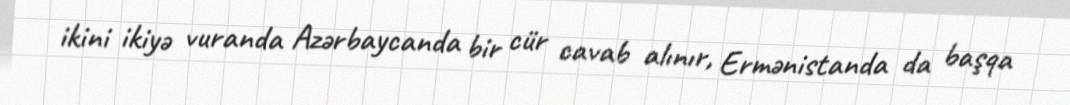
ikini ikiyə vuranda Azərbaycanda bir cür cavab alınır, Ermənistanda da başqa